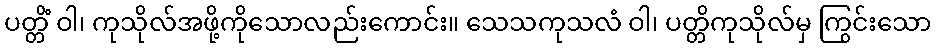
ပတ္တိံ ဝါ၊ ကုသိုလ်အဖို့ကိုသောလည်းကောင်း။ သေသကုသလံ ဝါ၊ ပတ္တိကုသိုလ်မှ ကြွင်းသော